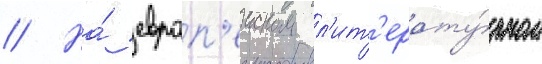
// На́ европ'еиском л'ит'ерату́рном